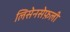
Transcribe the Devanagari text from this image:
लिसेनसेफ़ली